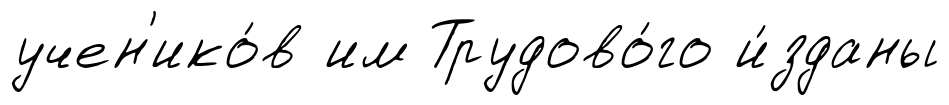
учен'ико́в им Трудово́го и́зданы